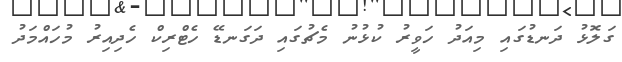
ގަލޮޅު ދަނޑުގައި މިއަދު ހަވީރު ކުޅުނު މެޗުގައި ދަގަނޑޭ ހެޓްރިކް ހެދިއިރު މުހައްމަދު